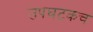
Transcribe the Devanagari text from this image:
उपघटकच